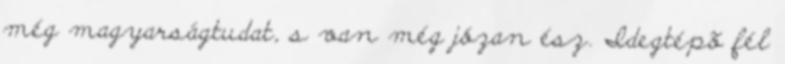
még magyarságtudat, s van még józan ész. Idegtépõ fél